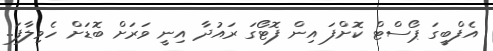
އެފްބީގަ ޕޯސްޓް ކޮށްފަ އިން ފޮޓޯގަ ރައުދާ އިނީ ވަރަށް ބޮޑަށް ހެވިލާފަ..